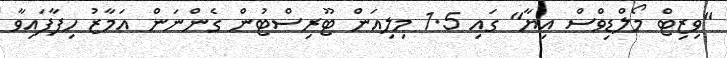
"ވިޒިޓް މޯލްޑިވްސް އިޔާ" ގައި 1.5 މިލިއަން ޓޫރިސްޓުން ގެންނަން އަމާޒު ހިފާފައިވާ